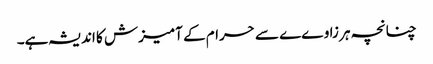
چنانچہ ہر زاوےے سے حرام کے آمیزش کا اندیشہ ہے۔